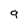
Character: 9